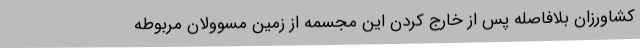
کشاورزان بلافاصله پس از خارج کردن این مجسمه از زمین مسوولان مربوطه